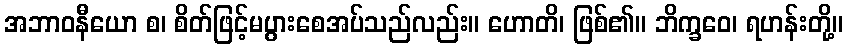
အဘာဝနီယော စ၊ စိတ်ဖြင့်မပွားစေအပ်သည်လည်း။ ဟောတိ၊ ဖြစ်၏။ ဘိက္ခဝေ၊ ရဟန်းတို့။